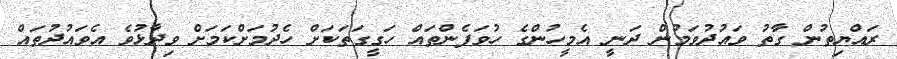
ރައްޔިތުން ގާތު ވައުދުވަމުން ދަނީ އެމީހުންގެ ހުވަފެންތައް ހަގީގަތަކަށް ހެދުމަށްކަމަށް ވިދާޅުވެ އެވައުދުތައް